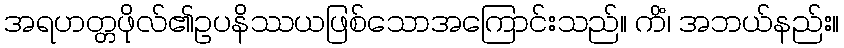
အရဟတ္တဖိုလ်၏ဥပနိဿယဖြစ်သောအကြောင်းသည်။ ကိံ၊ အဘယ်နည်း။